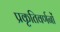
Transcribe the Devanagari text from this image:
प्रकृतिवर्णनों